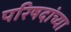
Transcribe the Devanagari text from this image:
परिषदांच्या